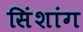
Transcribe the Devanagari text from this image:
सिंशांग